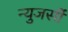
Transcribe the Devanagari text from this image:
न्युजर्सी